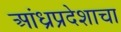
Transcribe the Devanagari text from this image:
आंध्रप्रदेशाचा